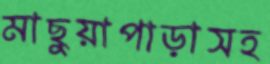
মাছুয়াপাড়াসহ